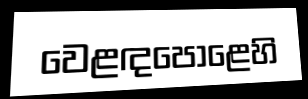
වෙළඳපොළෙහි